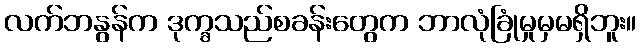
လက်ဘနွန်က ဒုက္ခသည်စခန်းတွေက ဘာလုံခြုံမှုမှမရှိဘူး။